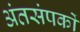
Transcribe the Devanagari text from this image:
अंतसंपर्कों